Elephants and their diseases
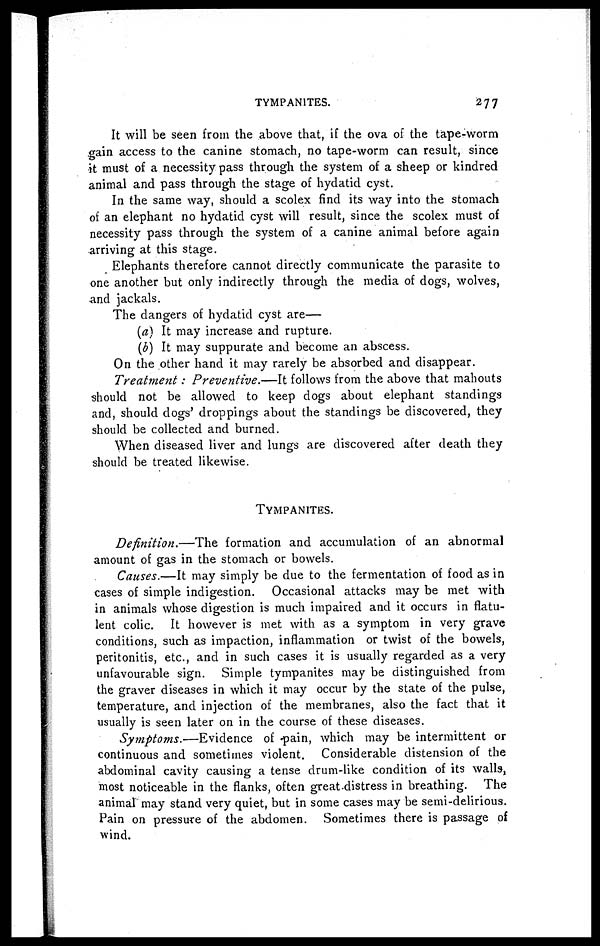
TYMPANITES.
277
It will be seen from the above that, if the ova of the tape-worm
gain access to the canine stomach, no tape-worm can result, since
it must of a necessity pass through the system of a sheep or kindred
animal and pass through the stage of hydatid cyst.
In the same way, should a scolex find its way into the stomach
of an elephant no hydatid cyst will result, since the scolex must of
necessity pass through the system of a canine animal before again
arriving at this stage.
Elephants therefore cannot directly communicate the parasite to
one another but only indirectly through the media of dogs, wolves,
and jackals.
The dangers of hydatid cyst are—
(a) It may increase and rupture.
(b) It may suppurate and become an abscess.
On the other hand it may rarely be absorbed and disappear.
Treatment : Preventive.—It follows from the above that mahouts
should not be allowed to keep dogs about elephant standings
and, should dogs' droppings about the standings be discovered, they
should be collected and burned.
When diseased liver and lungs are discovered after death they
should be treated likewise.
TYMPANITES.
Definition.—The
formation and accumulation of an abnormal
amount of gas in the stomach or bowels.
Causes.—It may simply be due to the fermentation of food as in
cases of simple indigestion. Occasional attacks may be met with
in animals whose digestion is much impaired and it occurs in flatu-
lent colic. It however is met with as a symptom in very grave
conditions, such as impaction, inflammation or twist of the bowels,
peritonitis, etc., and in such cases it is usually regarded as a very
unfavourable sign. Simple tympanites may be distinguished from
the graver diseases in which it may occur by the state of the pulse,
temperature, and injection of the membranes, also the fact that it
usually is seen later on in the course of these diseases.
Symptoms.—Evidence
of pain, which may be intermittent or
continuous and sometimes violent. Considerable distension of the
abdominal cavity causing a tense drum-like condition of its walls,
most noticeable in the flanks, often great distress in breathing. The
animal may stand very quiet, but in some cases may be semi-delirious.
Pain on pressure of the abdomen. Sometimes there is passage of
wind.